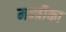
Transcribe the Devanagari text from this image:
मन्त्रीका